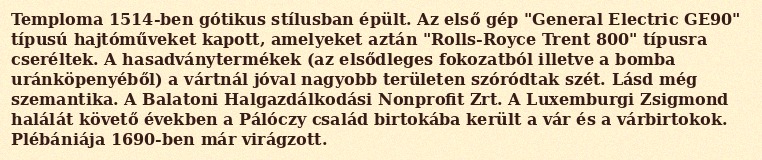
Temploma 1514-ben gótikus stílusban épült. Az első gép "General Electric GE90" típusú hajtóműveket kapott, amelyeket aztán "Rolls-Royce Trent 800" típusra cseréltek. A hasadványtermékek (az elsődleges fokozatból illetve a bomba uránköpenyéből) a vártnál jóval nagyobb területen szóródtak szét. Lásd még szemantika. A Balatoni Halgazdálkodási Nonprofit Zrt. A Luxemburgi Zsigmond halálát követő években a Pálóczy család birtokába került a vár és a várbirtokok. Plébániája 1690-ben már virágzott.